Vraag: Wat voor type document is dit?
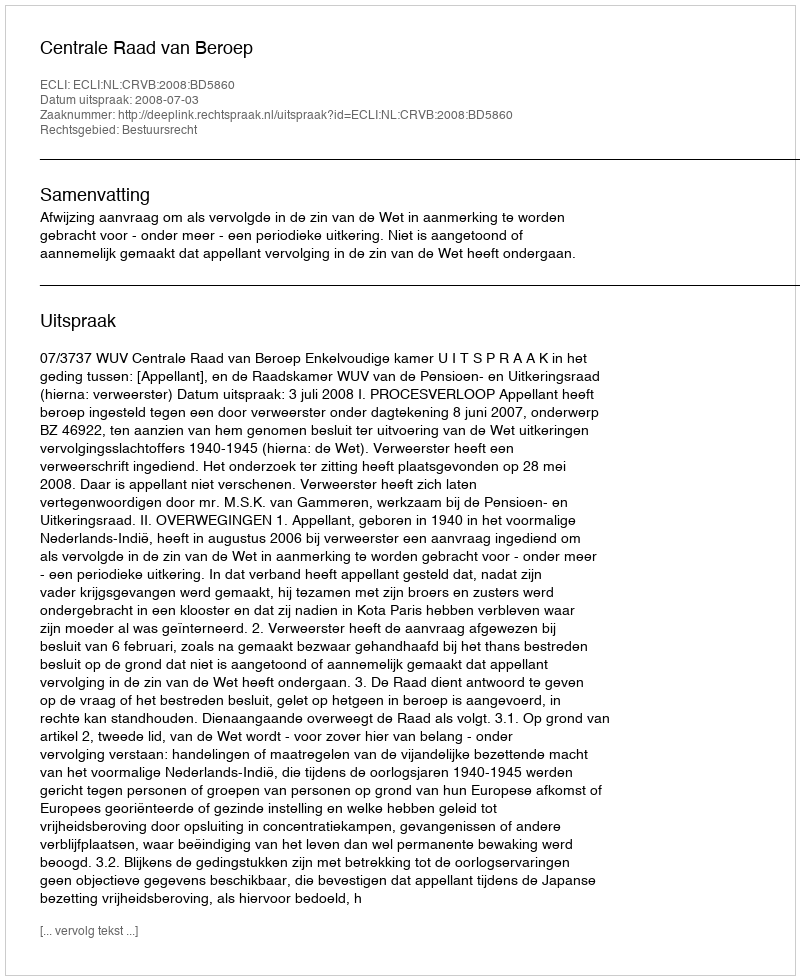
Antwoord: Uitspraak